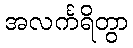
အလင်္ကရိတွာ